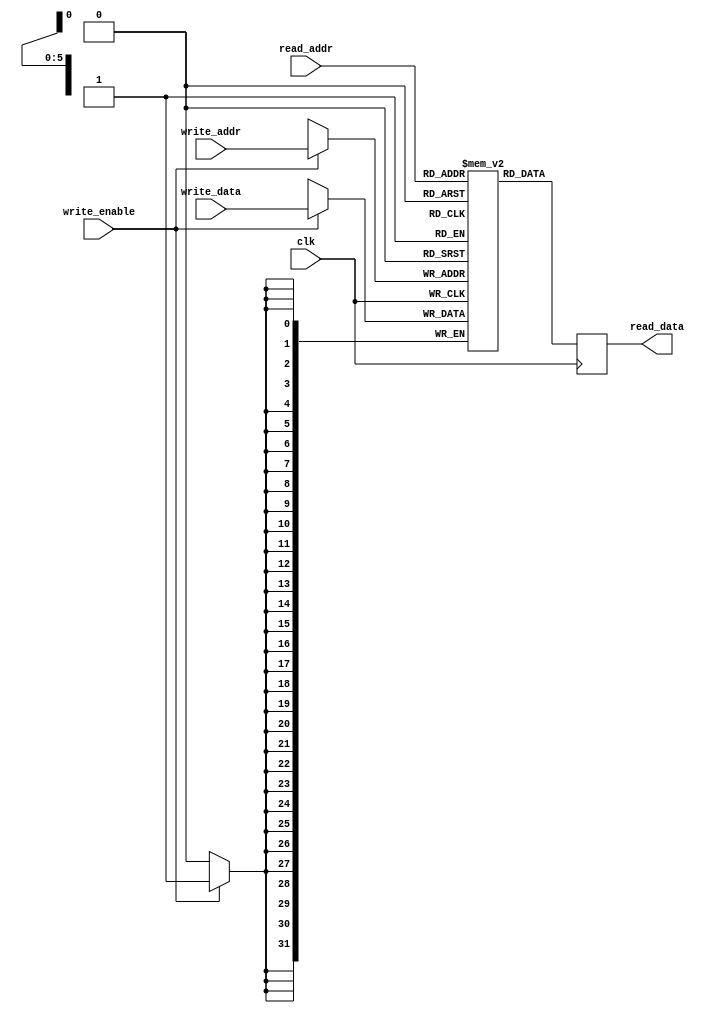
module mfp_dual_port_ram
# (
    parameter ADDR_WIDTH = 6,
    parameter DATA_WIDTH = 32
)
(
    input                         clk,
    input      [ADDR_WIDTH - 1:0] read_addr,
    input      [ADDR_WIDTH - 1:0] write_addr,
    input      [DATA_WIDTH - 1:0] write_data,
    input                         write_enable,
    output reg [DATA_WIDTH - 1:0] read_data
);

    reg [DATA_WIDTH - 1:0] ram [(1 << ADDR_WIDTH) - 1:0];

    `ifdef MFP_USE_WORD_MEMORY
    `ifdef MFP_INITIALIZE_MEMORY_FROM_TXT_FILE
        initial $readmemh ("ram_reset_init.txt", ram);
    `endif
    `endif

    always @ (posedge clk)
    begin
        if (write_enable)
            ram [write_addr] <= write_data;

        read_data <= ram [read_addr];
    end

endmodule